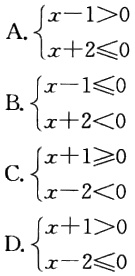
A. $\begin{cases}x - 1>0 \\ x + 2\leqslant0\end{cases}$

B. $\begin{cases}x - 1\leqslant0 \\ x + 2<0\end{cases}$

C. $\begin{cases}x + 1\geqslant0 \\ x - 2<0\end{cases}$

D. $\begin{cases}x + 1>0 \\ x - 2\leqslant0\end{cases}$